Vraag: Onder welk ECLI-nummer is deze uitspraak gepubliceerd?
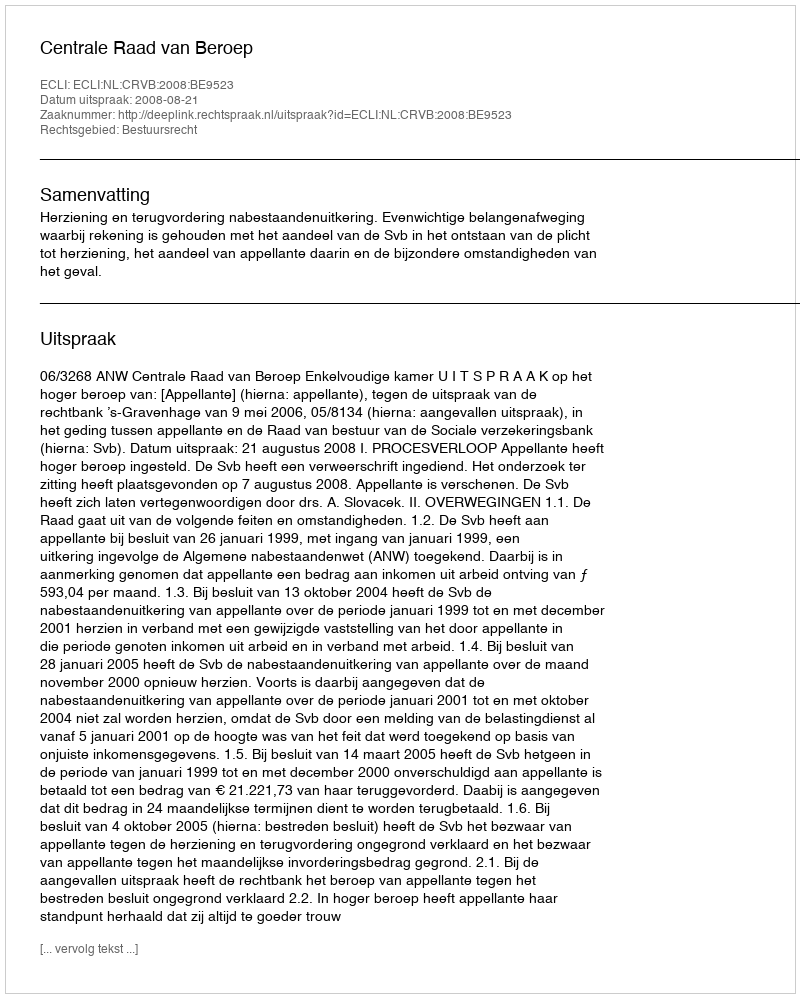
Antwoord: ECLI:NL:CRVB:2008:BE9523